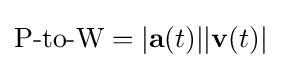
{\mbox{P-to-W}}=|\mathbf {a} (t)||\mathbf {v} (t)|\;